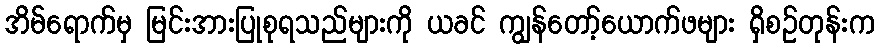
အိမ်ရောက်မှ မြင်းအားပြုစုရသည်များကို ယခင် ကျွန်တော့်ယောက်ဖများ ရှိစဉ်တုန်းက